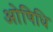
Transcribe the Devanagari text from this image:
ओषिधि